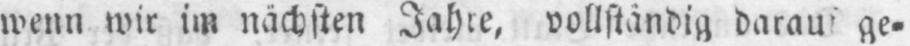
ge⸗